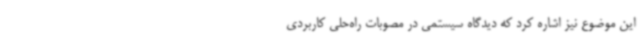
این موضوع نیز اشاره کرد که دیدگاه سیستمی در مصوبات راه‌حلی کاربردی